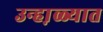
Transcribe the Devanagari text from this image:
उन्हा़ळ्यात